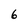
Character: 6